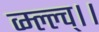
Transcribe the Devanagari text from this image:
व्म्ल्ल्च्।।